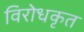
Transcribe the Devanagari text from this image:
विरोधकृत